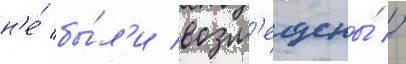
н'е́ бы́л'и возм'ещены́ //